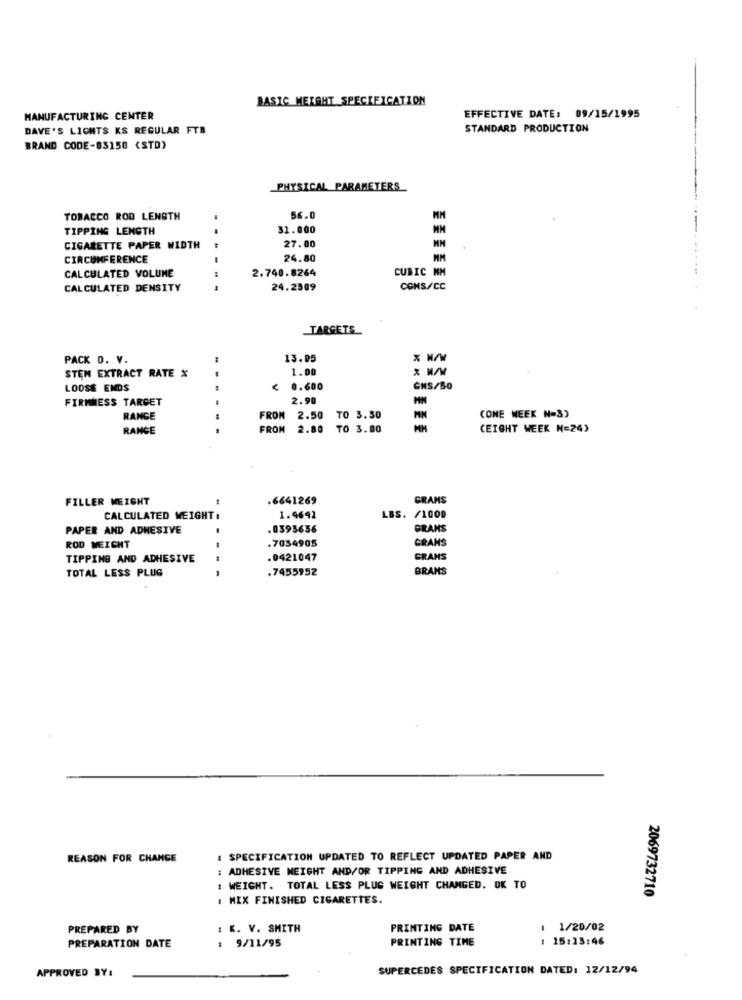
BASIC MERAHT SPECIFICATION
MANUFACTURING CENTER
EFFECTIVE DATE: 09/15/1995
DAVE'S LICHTS KS REGULAR FTB
STANDARD PRODUCTION
BRAND CODE-83150 <STD)
PHYSICAL PARAMETERS
TOBACCO ROD LENGTH
56.0
MM
TIPPING LENGTH
31.000
27.00
CIGARETTE PAPER WIDTH
- --
CIRCUMFERENCE
24.80
MM
2.740.8264
CUBIC NM
CALCULATED VOLUME
CALCULATED DENSITY
---
24.2509
CONS/CC
TARGETS
PACK 0. V.
13.05
STEM EXTRACT RATE %
1.00
LOOSE ENDS
< 0.600
GHS/50
FIRMNESS TARGET
2.90
RANGE
FROM
2.50
TO 3.30
CONE WEEK N=3)
RANGE
---
FROM
2.80
TO 3.00
CEIGHT WEEK N=24)
FILLER WEIGHT
.6641269
GRAMS
CALCULATED WEIGHT :
1.4642
LBS. /1000
PAPER AND ADHESIVE
.0393656
GRANS
GRANS
ROD WEIGHT
- -
.7034905
TIPPING AND ADHESIVE
.0421047
GRANS
TOTAL LESS PLUG
.7455952
BRANS
REASON FOR CHANGE
# SPECIFICATION UPDATED TO REFLECT UPDATED PAPER AND
: ADHESIVE WEIGHT AND/OR TIPPING AND ADHESIVE
: WEIGHT. TOTAL LESS PLUS WEIGHT CHANGED. OK TO
: MIX FINISHED CIGARETTES.
2069732710
PREPARED BY
: K. V. SMITH
PRINTING DATE
1/20/02
: 9/11/95
PRINTING TIME
15:13:46
PREPARATION DATE
SUPERCEDES SPECIFICATION DATED: 12/12/94
APPROVED BY: